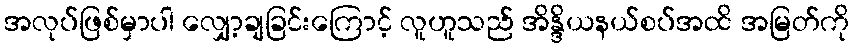
အလုပ်ဖြစ်မှာပါ လျှော့ချခြင်းကြောင့် လူဟူသည် အိန္ဒိယနယ်စပ်အထိ အမြတ်ကို